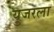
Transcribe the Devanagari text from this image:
युजरला